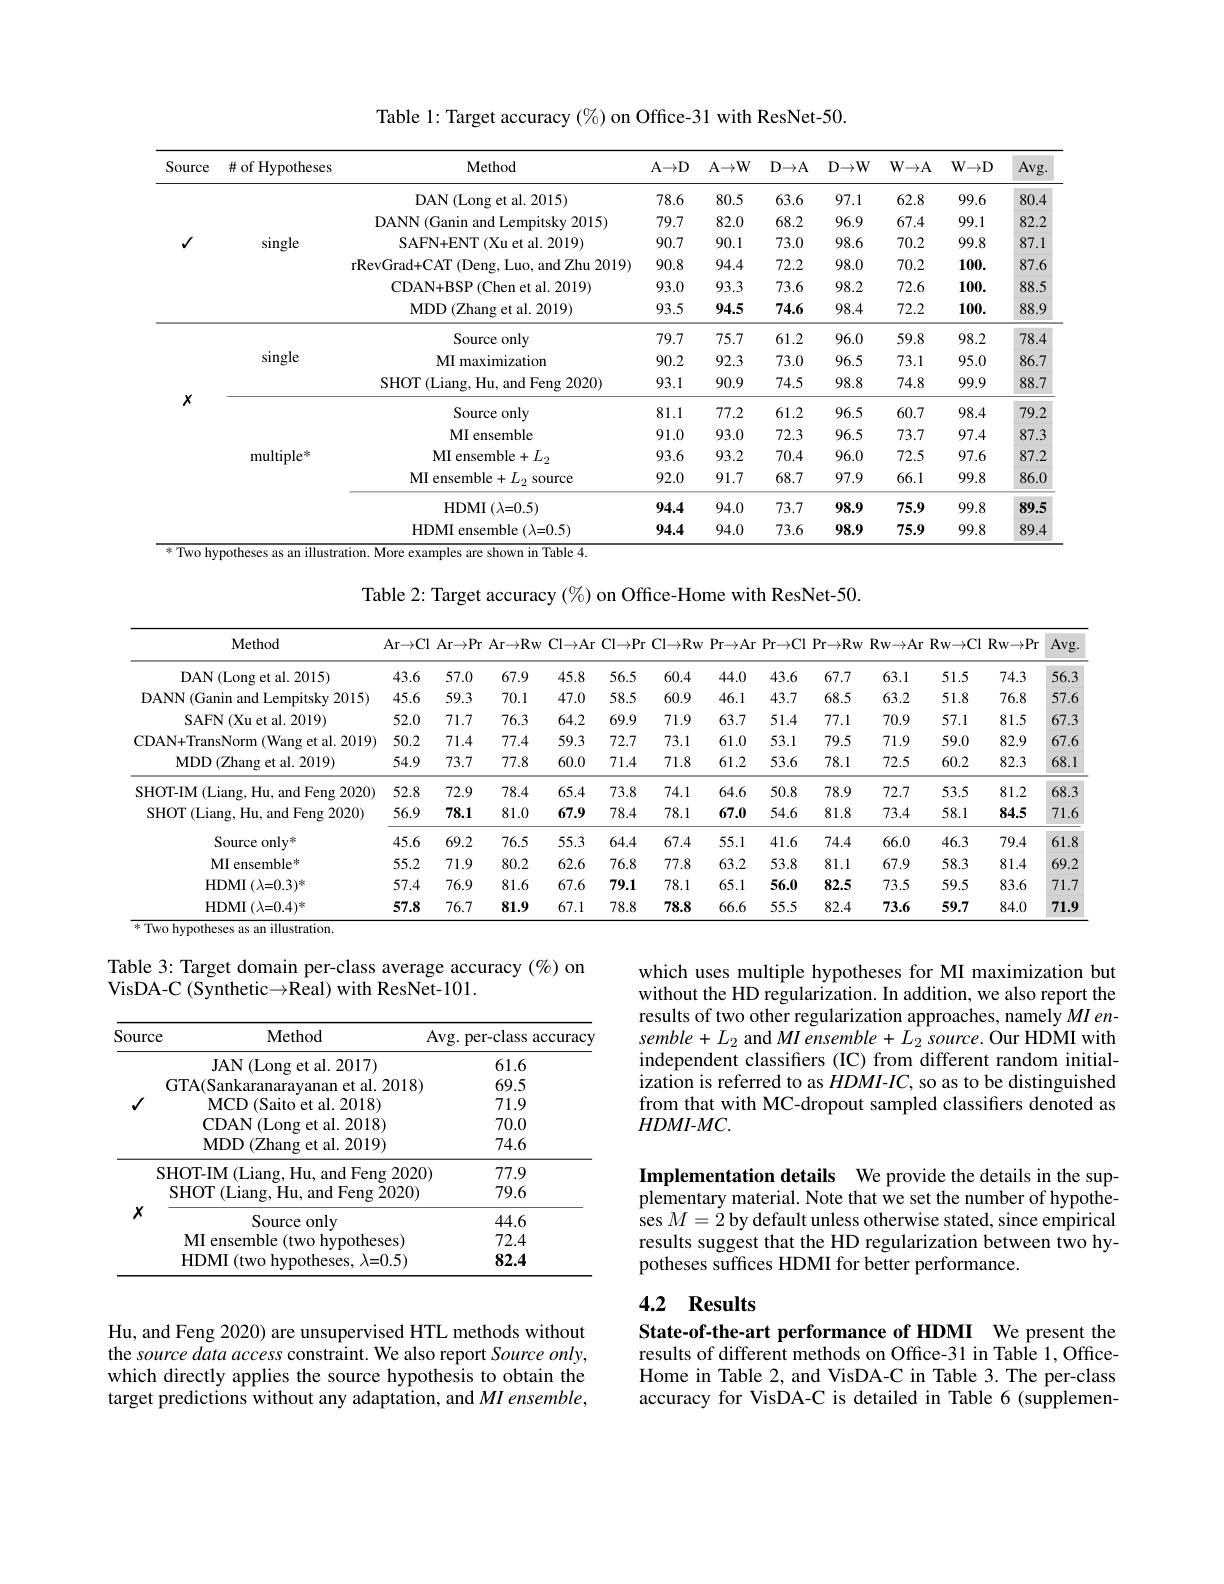
Table 1: Target accuracy $(\%)$ on Office-31 with ResNet-50.

<table>
	<tbody>
		<tr>
			<th>Source</th>
			<th>$\#$ of Hypotheses</th>
			<th>Method</th>
			<th>A$\to$D</th>
			<th>$\mathbf{A}\to\mathbf{W}$</th>
			<th>$D\to A$</th>
			<th>$D\to W$</th>
			<th>$W\to\mathbb{A}$</th>
			<th>$W\to D$</th>
			<th>Avg</th>
		</tr>
		<tr>
			<td rowspan="6">$√$</td>
			<td rowspan="6">single</td>
			<td>DAN(Long et al. 2015)</td>
			<td>78.6</td>
			<td>80.5</td>
			<td>63.6</td>
			<td>97.1</td>
			<td>62.8</td>
			<td>99.6</td>
			<td>80.4</td>
		</tr>
		<tr>
			<td>DANN (Ganin and Lempitsky 2015)</td>
			<td>79.7</td>
			<td>82.0</td>
			<td>68.2</td>
			<td>96.9</td>
			<td>67.4</td>
			<td>99.1</td>
			<td>82.2</td>
		</tr>
		<tr>
			<td>SAFN+ ENT ( Xu et al. 2019) </td>
			<td>90.7</td>
			<td>90.1</td>
			<td>73.0</td>
			<td>98.6</td>
			<td>70.2</td>
			<td>99.8</td>
			<td>87.1</td>
		</tr>
		<tr>
			<td>rRevGrad+CAT (Deng, Luo, and Zhu 2019)</td>
			<td>90.8</td>
			<td>94.4</td>
			<td>72.2</td>
			<td>98.0</td>
			<td>70.2</td>
			<td>100.</td>
			<td>$87.\epsilon$</td>
		</tr>
		<tr>
			<td>CDAN+ BSP$\left ( \mathrm{Chen~et~al. ~2019}\right )$</td>
			<td>93.0</td>
			<td>93.3</td>
			<td>73.6</td>
			<td>98.2</td>
			<td>72.6</td>
			<td>100.</td>
			<td>88..</td>
		</tr>
		<tr>
			<td>MDD$\left ( \mathrm{Zhang~et~al. ~2019}\right )$</td>
			<td>93.5</td>
			<td>94.5</td>
			<td>74.6</td>
			<td>98.4</td>
			<td>72.2</td>
			<td>100.</td>
			<td>88.5</td>
		</tr>
		<tr>
			<td rowspan="9">$X$</td>
			<td rowspan="3">single</td>
			<td>Source only</td>
			<td>79.7</td>
			<td>75.7</td>
			<td>61.2</td>
			<td>96.0</td>
			<td>59.8</td>
			<td>98.2</td>
			<td>78.4</td>
		</tr>
		<tr>
			<td>MI maximization</td>
			<td>90.2</td>
			<td>92.3</td>
			<td>73.0</td>
			<td>96.5</td>
			<td>73.1</td>
			<td>95.0</td>
			<td>86.7</td>
		</tr>
		<tr>
			<td>SHOT ( Liang, Hu, and Feng 2020) </td>
			<td>93.1</td>
			<td>90.9</td>
			<td>74.5</td>
			<td>98.8</td>
			<td>74.8</td>
			<td>99.9</td>
			<td>88.7</td>
		</tr>
		<tr>
			<td rowspan="6">multiple$^{*}$</td>
			<td>Source only</td>
			<td>81.1</td>
			<td>77.2</td>
			<td>61.2</td>
			<td>96.5</td>
			<td>60.7</td>
			<td>98.4</td>
			<td>$79.\tilde{z}$</td>
		</tr>
		<tr>
			<td>MI ensemble</td>
			<td>91.0</td>
			<td>93.0</td>
			<td>72.3</td>
			<td>96.5</td>
			<td>73.7</td>
			<td>97.4</td>
			<td>87..</td>
		</tr>
		<tr>
			<td>MI ensemble+ Ly</td>
			<td>93.6</td>
			<td>93.2</td>
			<td>70.4</td>
			<td>96.0</td>
			<td>72.5</td>
			<td>97.6</td>
			<td>87.2</td>
		</tr>
		<tr>
			<td>MI ensemble+ $L_{2}$ source</td>
			<td>92.0</td>
			<td>91.7</td>
			<td>68.7</td>
			<td>97.9</td>
			<td>66.1</td>
			<td>99.8</td>
			<td>$86.C$</td>
		</tr>
		<tr>
			<td>HDMI ( $\lambda$= 0. 5) </td>
			<td>94.4</td>
			<td>94.0</td>
			<td>73.7</td>
			<td>98.9</td>
			<td>75.9</td>
			<td>99.8</td>
			<td>89.5</td>
		</tr>
		<tr>
			<td>HDMI ensemble $(\lambda=0.5)$</td>
			<td>94.4</td>
			<td>94.0</td>
			<td>73.6</td>
			<td>98.9</td>
			<td>75.9</td>
			<td>99.8</td>
			<td>89.4</td>
		</tr>
	</tbody>
</table>

Table 2: Target accuracy $(\%)$ on Office-Home with ResNet-50.

<table>
	<tbody>
		<tr>
			<th>Method</th>
			<th>Ar$\to$Cl</th>
			<th>Ar$\to$Pr</th>
			<th>$\operatorname{Ar}$</th>
			<th>Cl${\rightarrow }$Ar</th>
			<th>Cl${\rightarrow }$Pr</th>
			<th>Cl${\rightarrow }$Rw</th>
			<th>Pr$\to$CI</th>
			<th>1Pr$\to$Rv</th>
			<th>Rw$\to$Ar</th>
			<th>$\mathbf{R}_{\mathrm{W}\to\mathrm{Cl}}$</th>
			<th>$1~Rw{\rightarrow}Pr$</th>
			<th>Avg</th>
		</tr>
		<tr>
			<td>DAN(Long et al. 2015)</td>
			<td>43.6</td>
			<td>57.0</td>
			<td>67.9</td>
			<td>45.8</td>
			<td>56.5</td>
			<td>60.4</td>
			<td>43.6</td>
			<td>67.7</td>
			<td>63.1</td>
			<td>51.5</td>
			<td>74.3</td>
			<td>56.3 </td>
		</tr>
		<tr>
			<td>DANN (Ganin and Lempitsky 2015)</td>
			<td>45.6</td>
			<td>59.3</td>
			<td>70.1</td>
			<td>47.0</td>
			<td>58.5</td>
			<td>60.9</td>
			<td>43.7</td>
			<td>68.5</td>
			<td>63.2</td>
			<td>51.8</td>
			<td>76.8</td>
			<td>57.6</td>
		</tr>
		<tr>
			<td>SAFN ( Xu et al. 2019) </td>
			<td>52.0</td>
			<td>71.7</td>
			<td>76.3</td>
			<td>64.2</td>
			<td>69.9</td>
			<td>71.9</td>
			<td>51.4</td>
			<td>77.1</td>
			<td>70.9</td>
			<td>57.1</td>
			<td>81.5</td>
			<td>67.3</td>
		</tr>
		<tr>
			<td>CDAN+TransNorm (Wang et al. 2019)</td>
			<td>50.2</td>
			<td>71.4</td>
			<td>77.4</td>
			<td>59.3</td>
			<td>72.7</td>
			<td>73.1</td>
			<td>53.1</td>
			<td>79.5</td>
			<td>71.9</td>
			<td>59.0</td>
			<td>82.9</td>
			<td>67.6</td>
		</tr>
		<tr>
			<td>MDD$\left ( \mathrm{Zhang~et~al. ~2019}\right )$</td>
			<td>54.9</td>
			<td>73.7</td>
			<td>77.8</td>
			<td>60.0</td>
			<td>71.4</td>
			<td>71.8</td>
			<td>53.6</td>
			<td>78.1</td>
			<td>72.5</td>
			<td>60.2</td>
			<td>82.3</td>
			<td>68.1</td>
		</tr>
		<tr>
			<td>SHOT-IM (Liang, Hu, and Feng 2020)</td>
			<td>52.8</td>
			<td>72.9</td>
			<td>78.4</td>
			<td>65.4</td>
			<td>73.8</td>
			<td>74.1</td>
			<td>50.8</td>
			<td>78.9</td>
			<td>72.7</td>
			<td>53.5</td>
			<td>81.2</td>
			<td>68.3</td>
		</tr>
		<tr>
			<td>SHOT ( Liang, Hu, and Feng 2020) </td>
			<td>56.9</td>
			<td>78.1</td>
			<td>81.0</td>
			<td>67.9</td>
			<td>78.4</td>
			<td>78.1</td>
			<td>54.6</td>
			<td>81.8</td>
			<td>73.4</td>
			<td>58.1</td>
			<td>84.5</td>
			<td>71.6</td>
		</tr>
		<tr>
			<td>Source only"</td>
			<td>45.6</td>
			<td>69.2</td>
			<td>76.5</td>
			<td>55.3</td>
			<td>64.4</td>
			<td>67.4</td>
			<td>41.6</td>
			<td>74.4</td>
			<td>66.0</td>
			<td>46.3</td>
			<td>79.4</td>
			<td>61.8</td>
		</tr>
		<tr>
			<td>MI ensemble*</td>
			<td>55.2</td>
			<td>71.9</td>
			<td>80.2</td>
			<td>62.6</td>
			<td>76.8</td>
			<td>77.8</td>
			<td>53.8</td>
			<td>81.1</td>
			<td>67.9</td>
			<td>58.3</td>
			<td>81.4</td>
			<td>69.2</td>
		</tr>
		<tr>
			<td>HDMI ( $\lambda$= 0. 3$) ^{* }$</td>
			<td>57.4</td>
			<td>76.9</td>
			<td>81.6</td>
			<td>67.6</td>
			<td>79.1</td>
			<td>78.1</td>
			<td>56.0</td>
			<td>82.5</td>
			<td>73.5</td>
			<td>59.5</td>
			<td>83.6</td>
			<td>71.7</td>
		</tr>
		<tr>
			<td>HDMI ( $\lambda$= 0. 4$) ^{* }$</td>
			<td>57.8</td>
			<td>76.7</td>
			<td>81.9</td>
			<td>67.1</td>
			<td>78.8</td>
			<td>78.8</td>
			<td>55.5</td>
			<td>82.4</td>
			<td>73.6</td>
			<td>59.7</td>
			<td>84.0</td>
			<td>71.9</td>
		</tr>
	</tbody>
</table>

Table 3: Target domain per-class average accuracy (%) on
VisDA-C (Synthetic$\to$Real) with ResNet-101.

which uses multiple hypotheses for MI maximization but without the HD regularization. In addition, we also report the results of two other regularization approaches, namely $MIen-$ $semble+L_{2}$ and MI ensemble $+L_2$ source. Our HDMI with independent classifiers (IC) from different random initialization is referred to as $HDMI-IC$, so as to be distinguished from that with MC-dropout sampled classifiers denoted as $HDMI-MC.$

<table>
	<tbody>
		<tr>
			<th>Method Avg ce</th>
			<th>g. per-class accuracy</th>
		</tr>
		<tr>
			<td>JAN$\left ( \mathrm{Long~et~al. ~2017}\right )$</td>
			<td>61.6</td>
		</tr>
		<tr>
			<td>GTA(Sankaranarayanan et al. 2018)</td>
			<td>69.5</td>
		</tr>
		<tr>
			<td>MCD(Saito et al. 2018)</td>
			<td>71.9</td>
		</tr>
		<tr>
			<td>CDAN ( Long et al. 2018) </td>
			<td>70.0</td>
		</tr>
		<tr>
			<td>MDD$\left ( \mathrm{Zhang~et~al. ~2019}\right )$</td>
			<td>74.6</td>
		</tr>
		<tr>
			<td>SHOT- IM ( Liang, Hu, and Feng 2020) </td>
			<td>77.9</td>
		</tr>
		<tr>
			<td>SHOT ( Liang, Hu, and Feng 2020) </td>
			<td>79.6</td>
		</tr>
		<tr>
			<td>Source only</td>
			<td>44.6</td>
		</tr>
		<tr>
			<td>MI ensemble ( two hypotheses) </td>
			<td>72.4</td>
		</tr>
		<tr>
			<td>HDMI (two hypotheses, λ=0.5)</td>
			<td>82.4</td>
		</tr>
	</tbody>
</table>

Implementation details We provide the details in the supplementary material. Note that we set the number of hypotheses $M=2$ by default unless otherwise stated, since empirical results suggest that the HD regularization between two hypotheses suffices HDMI for better performance.

## 4.2 Results

State-of-the-art performance of HDMI We present the results of different methods on Office-31 in Table 1, OfficeHome in Table 2, and VisDA-C in Table 3. The per-class accuracy for VisDA-C is detailed in Table 6 (supplemen-

Hu, and Feng 2020) are unsupervised HTL methods without the source data access constraint. We also report Source only, which directly applies the source hypothesis to obtain the target predictions without any adaptation, and $MI$ ensemble,